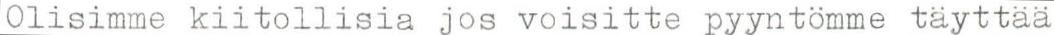
Olisimme kiitollisia jos voisitte pyyntömme täyttää